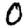
Digit: 0